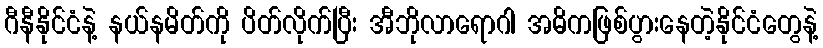
ဂီနီနိုင်ငံနဲ့ နယ်နမိတ်ကို ပိတ်လိုက်ပြီး အီဘိုလာရောဂါ အဓိကဖြစ်ပွားနေတဲ့နိုင်ငံတွေနဲ့